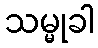
သမ္မုခါ